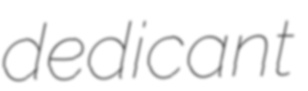
dedicant